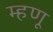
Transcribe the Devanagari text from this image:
म्‍हणू